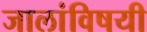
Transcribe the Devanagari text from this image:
जालांविषयी